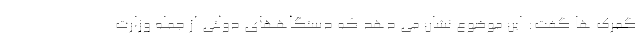
گمرک ها گفت: این موضوع نشان می دهد که دستگاههای دولتی از جمله وزارت